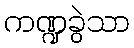
ကဏ္ဍခွဲသာ